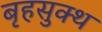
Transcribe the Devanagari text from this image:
बृहसुक्थ